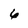
Character: 6